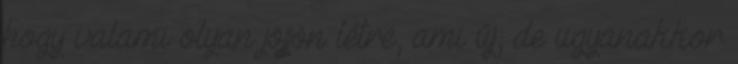
hogy valami olyan jöjjön létre, ami új, de ugyanakkor